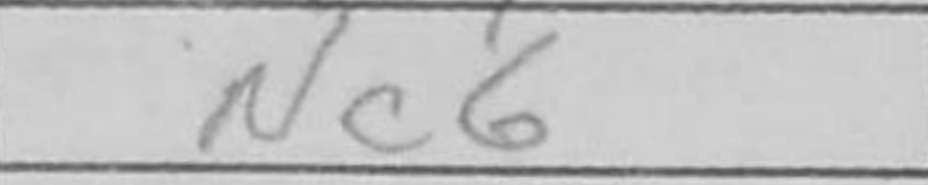
Transcription: Nc6